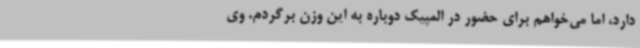
دارد، اما می‌خواهم برای حضور در المپیک دوباره به این وزن برگردم. وی